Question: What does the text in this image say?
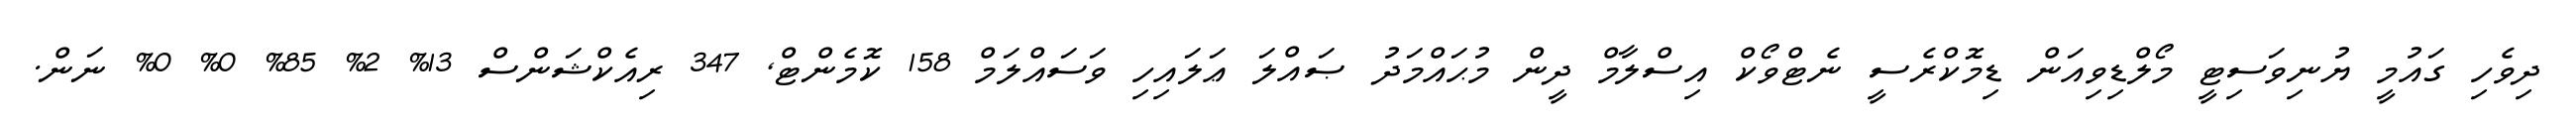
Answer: ދިވެހި ގައުމީ ޔުނިވަސިޓީ މޯލްޑިވިއަން ޑިމޮކްރެސީ ނެޓްވޯކް އިސްލާމް ދީން މުޙައްމަދު ޞައްލަ ޢަލައިހި ވަސައްލަމް 158 ކޮމެންޓް, 347 ރިއެކްޝަންސް 13% 2% 85% 0% 0% ނަން.